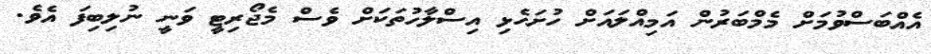
އެއްބަސްވުމަށް މެމްބަރުން އަމިއްލައަށް ހުށަހެޅި އިސްލާހުތަކަށް ވެސް މެޖޯރިޓީ ވަނީ ނުލިބިފަ އެވެ.